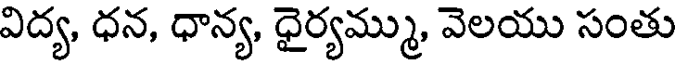
విద్య, ధన, ధాన్య, ధైర్యమ్ము, వెలయు సంతు